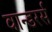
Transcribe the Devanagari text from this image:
वान्डरर्स